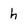
Character: h